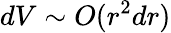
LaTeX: dV\sim O(r^{2}dr)